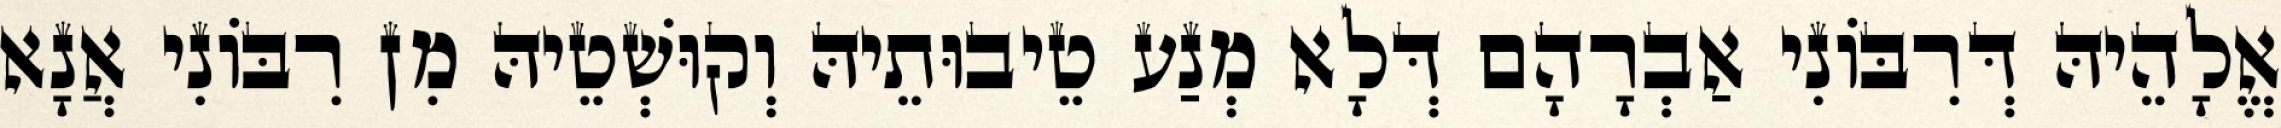
אֱלָהֵיהּ דְּרִבּוֹנִי אַבְרָהָם דְּלָא מְנַע טֵיבוּתֵיהּ וְקוּשְׁטֵיהּ מִן רִבּוֹנִי אֲנָא